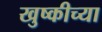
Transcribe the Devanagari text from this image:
खुष्कीच्या